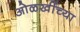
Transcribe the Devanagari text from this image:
ओळखींच्या